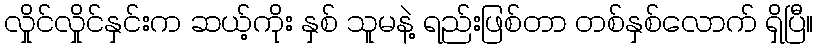
လှိုင်လှိုင်နှင်းက ဆယ့်ကိုး နှစ် သူမနဲ့ ရည်းဖြစ်တာ တစ်နှစ်လောက် ရှိပြီ။